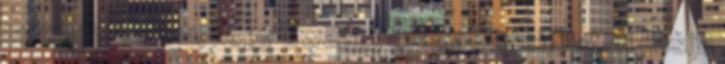
már nem tudom, hogy Swaggyt vagy Bayleigh-t. A pasija